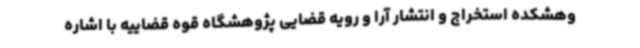
وهشکده استخراج و انتشار آرا و رویه قضایی پژوهشگاه قوه قضاییه با اشاره